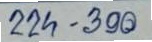
224 - 300